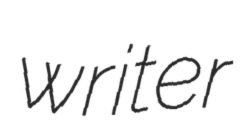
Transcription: writer